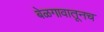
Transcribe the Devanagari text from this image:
बेळगावातूनच